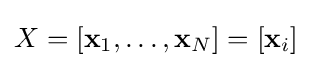
X=\left[\mathbf {x} _{1},\ldots ,\mathbf {x} _{N}\right]=\left[\mathbf {x} _{i}\right]